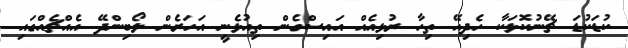
ކުޑަކުޑަ ޗޭނުކޮޅަކާ ހެދިއޭ ތިހާ ރުޅިއެއް އައިސްގެން ތިއުޅެނީ އަހަރެން ލޯބިންދޭ އެއްޗެއްގައި